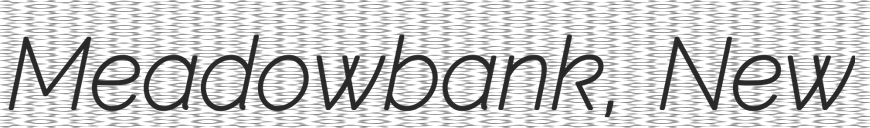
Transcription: Meadowbank, New